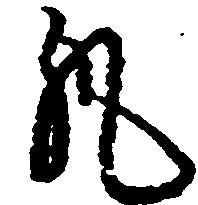
丸